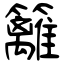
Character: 籬